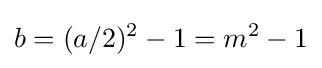
b=(a/2)^{2}-1=m^{2}-1